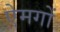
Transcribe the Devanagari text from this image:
ऐमगों